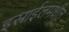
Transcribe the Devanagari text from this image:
इस्राईलमधील